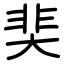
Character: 奜